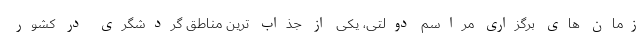
زمان های برگزاری مراسم دولتی، یکی از جذاب ترین مناطق گردشگری در کشور